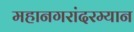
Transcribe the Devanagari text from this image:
महानगरांदरम्यान